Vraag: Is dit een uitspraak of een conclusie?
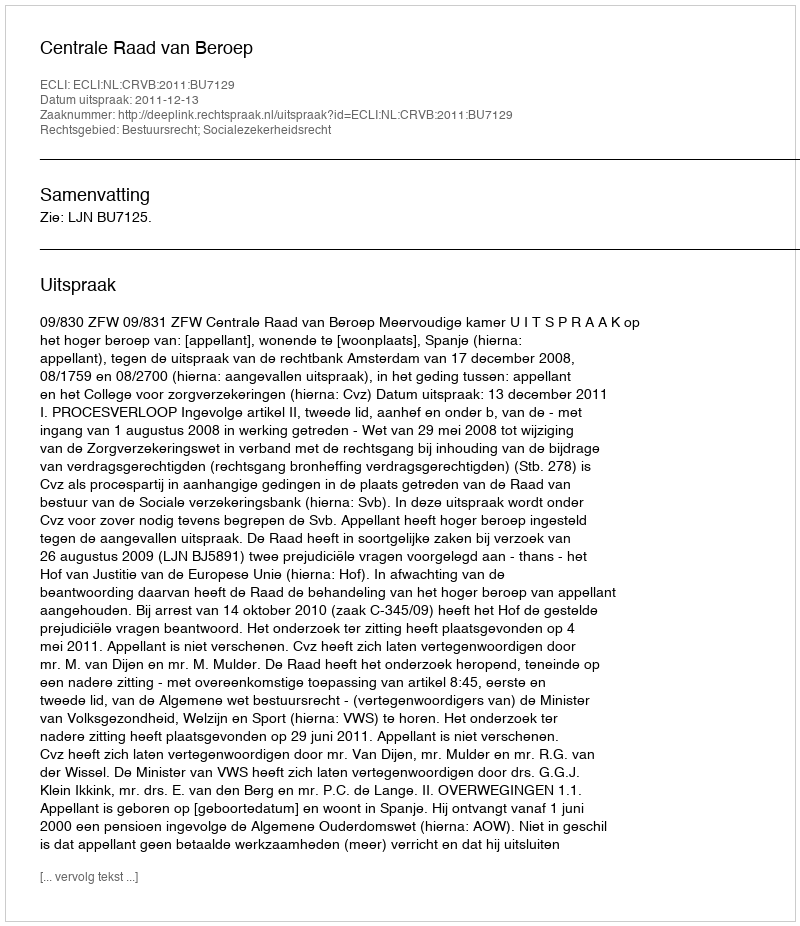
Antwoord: Uitspraak